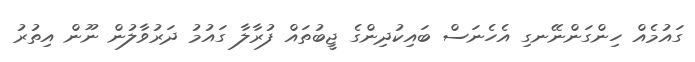
ގައުމެއް ހިންގަންނޭނގި އެހެނަސް ބައިކުދިންގެ ޖީބުތައް ފުރާލާ ގައުމު ދަރުވާލުން ނޫން އިތުރު